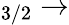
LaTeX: _{3/2}\rightarrow